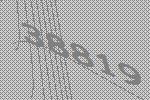
38819